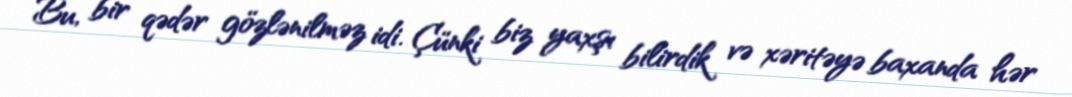
Bu, bir qədər gözlənilməz idi. Çünki biz yaxşı bilirdik və xəritəyə baxanda hər